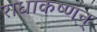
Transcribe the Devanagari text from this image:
राधाकष्णन्